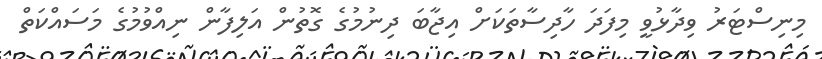
މިނިސްޓަރު ވިދާޅުވީ މިފަދަ ހާދިސާތަކަށް އިޖާބަ ދިނުމުގެ ގޮތުން އަލިފާން ނިއްވުމުގެ މަސައްކަތް